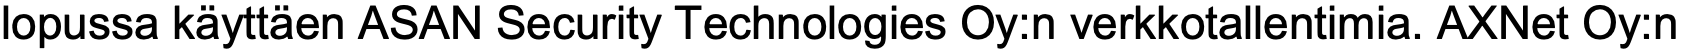
lopussa käyttäen ASAN Security Technologies Oy:n verkkotallentimia. AXNet Oy:n